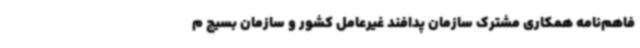
فاهم‌نامه همکاری مشترک سازمان پدافند غیرعامل کشور و سازمان بسیج م